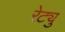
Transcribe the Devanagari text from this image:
रेट्यु